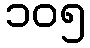
၁၀၅